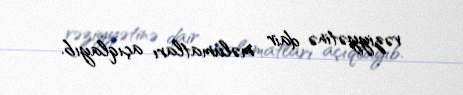
vəziyyətinə dair məlumatları açıqlayıb.